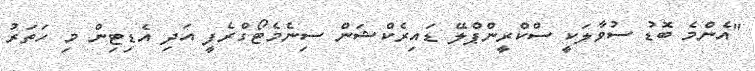
"އެންމެ ބޮޑު ސުވާލަކީ ސްކްރީންޕްލޭ ޑައިރެކްޝަން ސިނެމެޓޯގްރެފީ އަދި އެޑިޓިން މި ހަތަރު